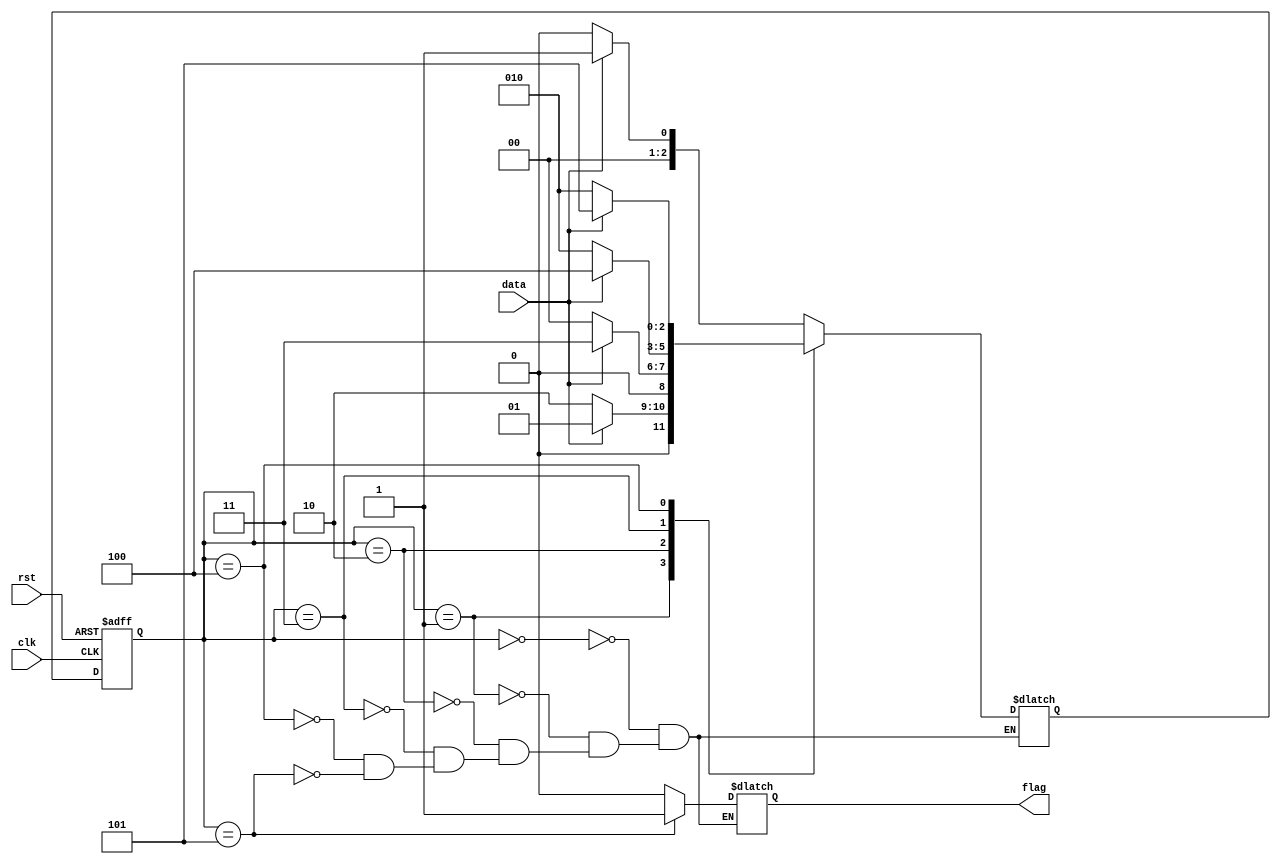
`timescale 1ns/1ns

module sequence_test1(
	input wire clk  ,
	input wire rst  ,
	input wire data ,
	output reg flag
);
//*************code***********//
parameter idle=0,A=1,B=2,C=3,D=4,E=5;
reg [2:0] state,next_state;
always @(posedge clk or negedge rst)
begin
if(!rst)
state<=idle;
else
state<=next_state;
end

always @(*)
begin
case(state)
idle:begin next_state=data?A:idle;flag=0;end
A:begin next_state=!data?B:A;flag=0; end
B:begin next_state=data?C:idle;flag=0;end
C:begin next_state=data?D:B;flag=0;end
D:begin next_state=data?E:B;flag=0;end
E:begin next_state=data?A:idle;flag=1;end
endcase
end


//*************code***********//
endmodule